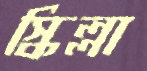
স্কিল্লা